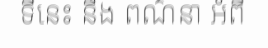
ទីនេះ នឹង ពណ៌នា អំពី